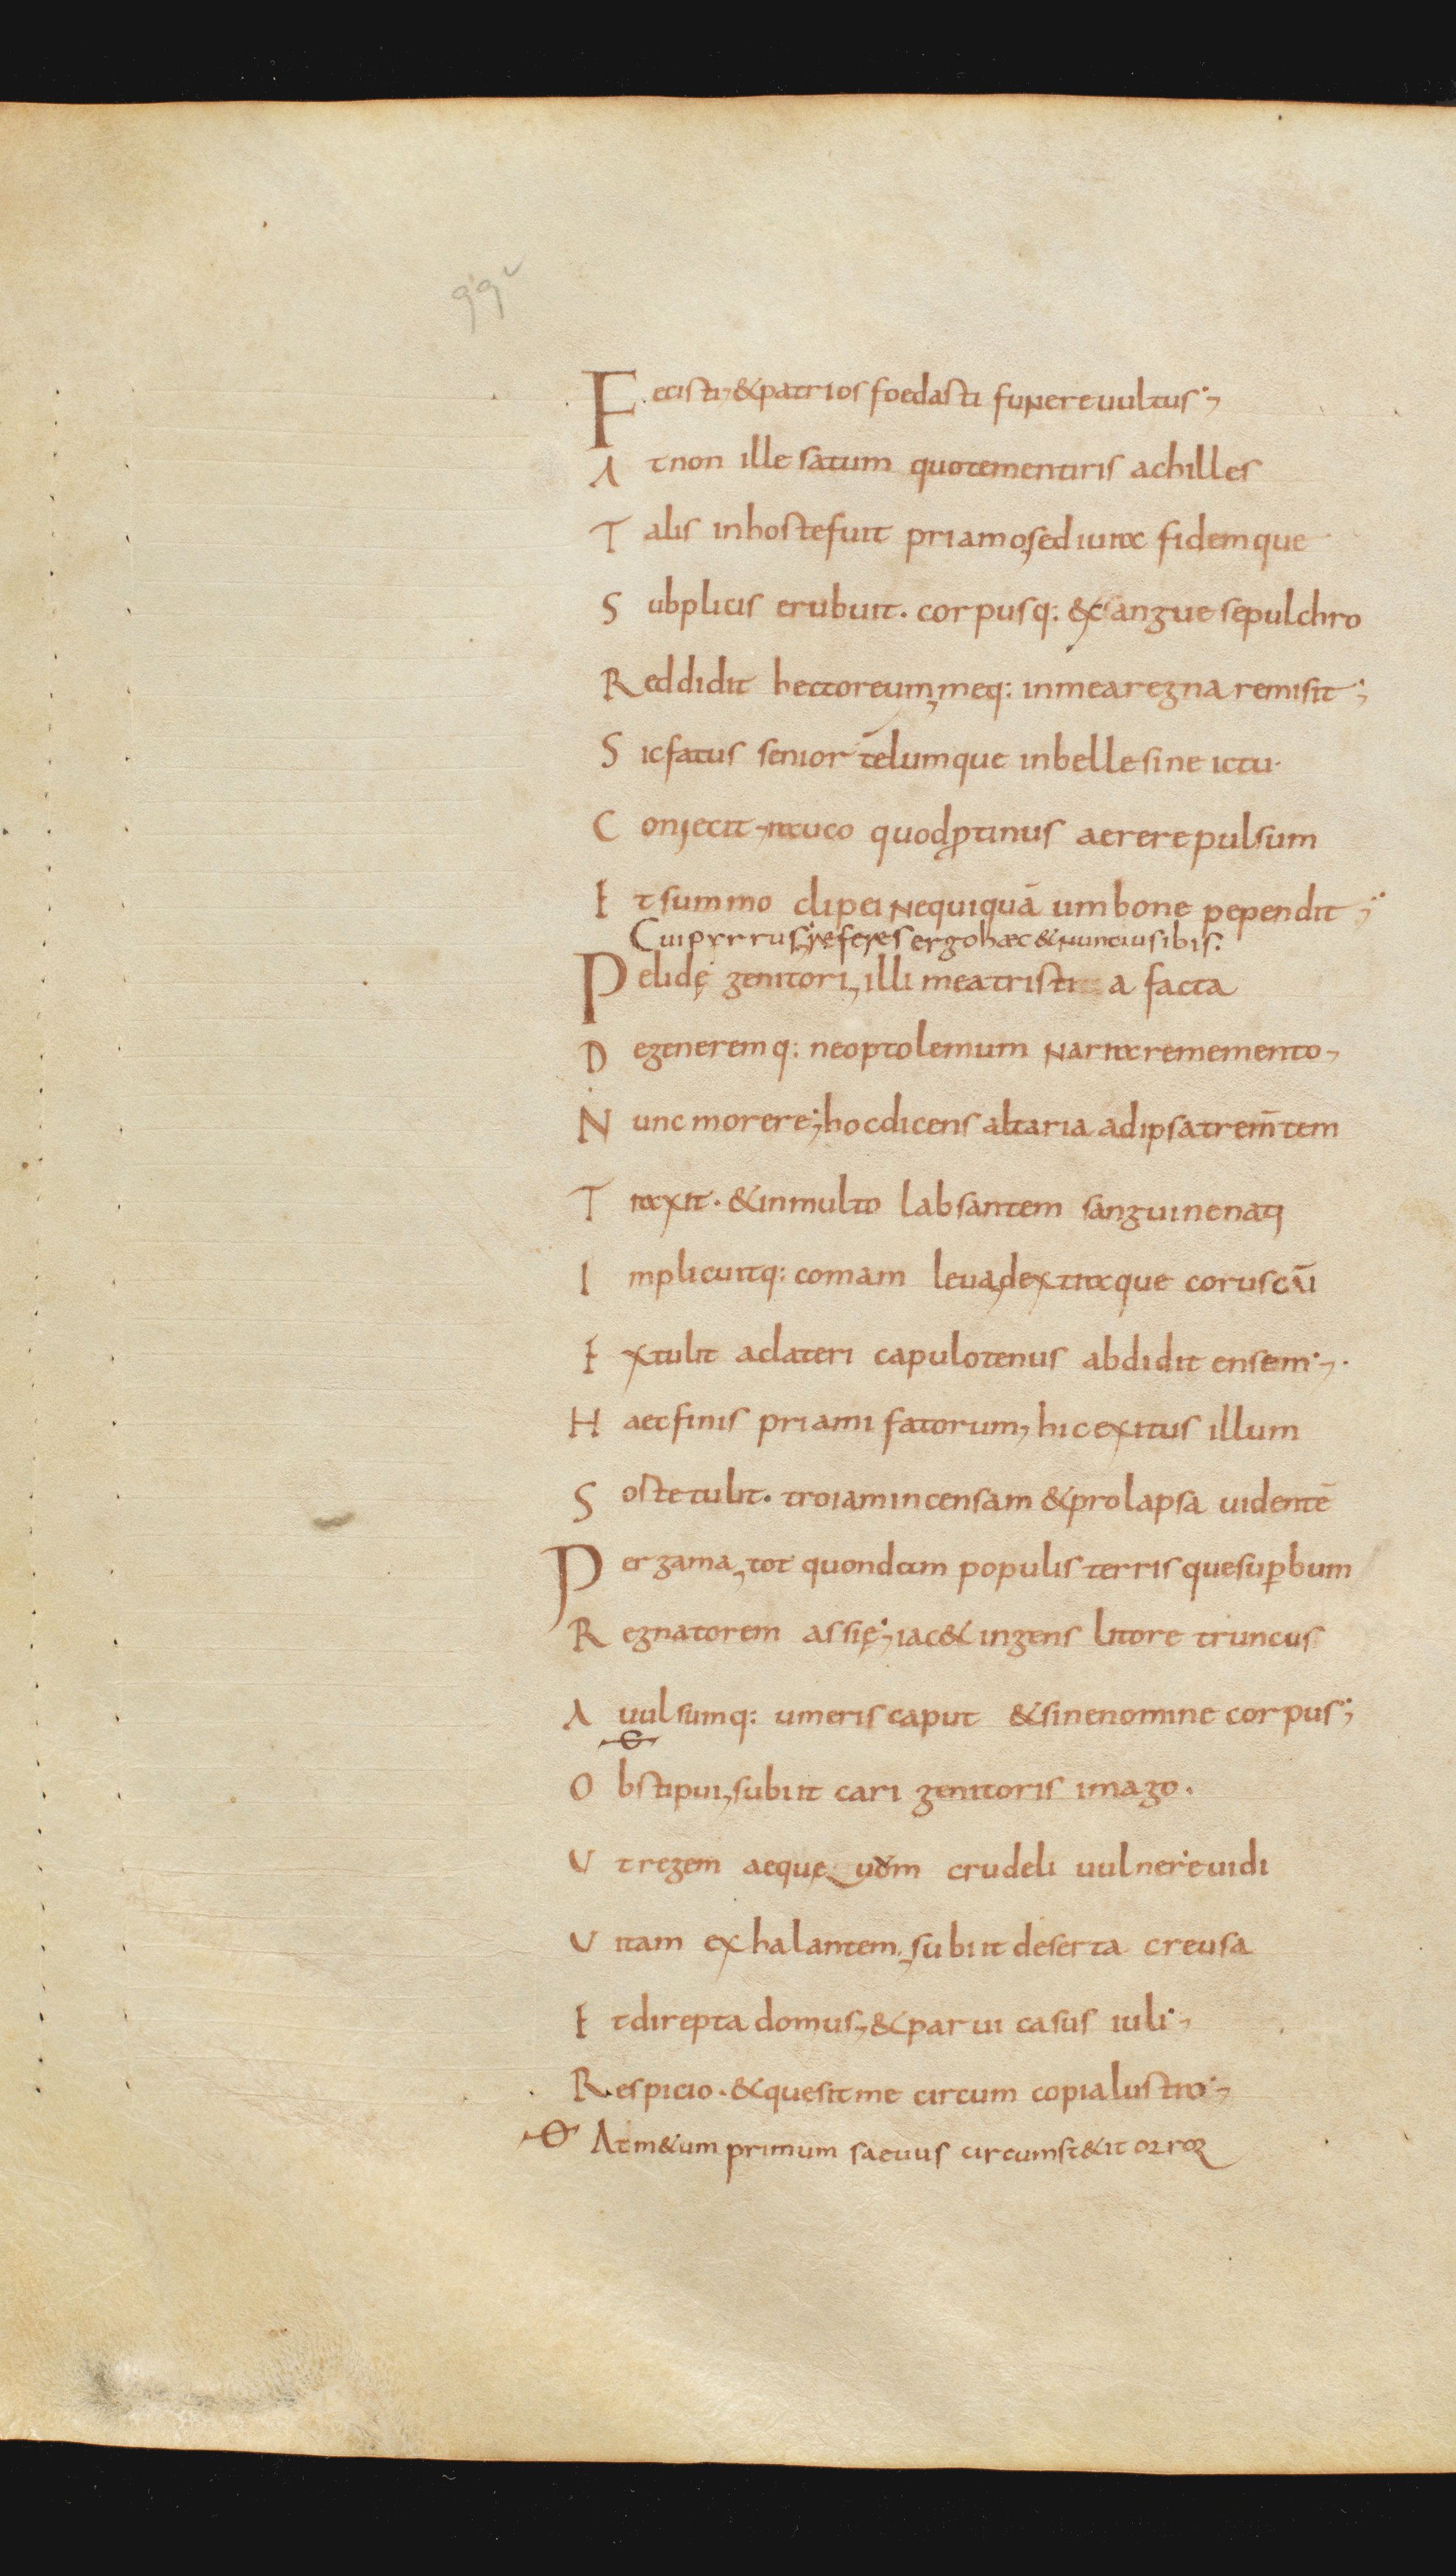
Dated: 800–999